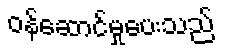
ဝန်ဆောင်မှုပေးသည်